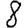
Digit: 8